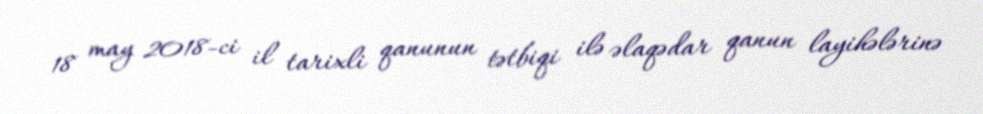
18 may 2018-ci il tarixli qanunun tətbiqi ilə əlaqədar qanun layihələrinə